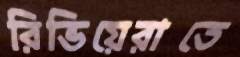
রিভিয়েরাতে